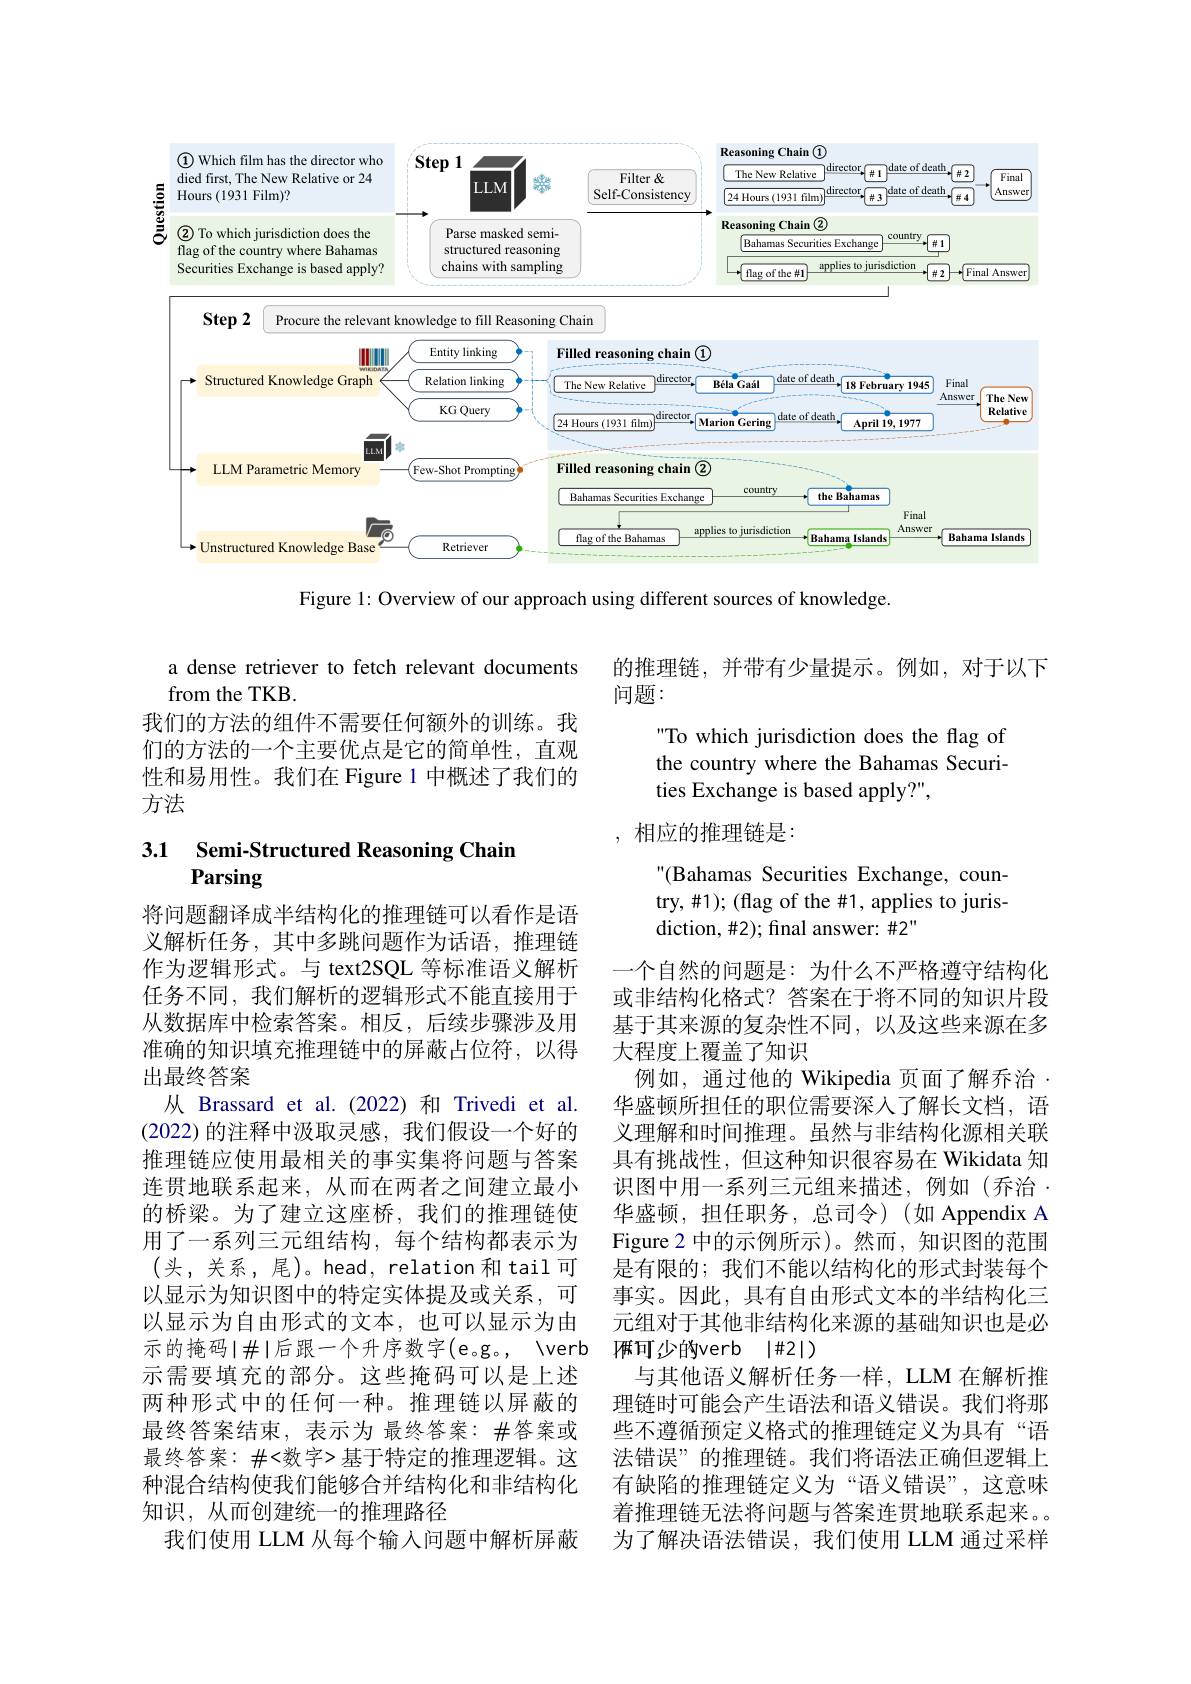
<FigureHere>

Figure 1: Overview of our approach using different sources of knowledge.

的推理链，并带有少量提示。例如，对于以下
问题：

a dense retriever to fetch relevant documents
from the TKB
我们的方法的组件不需要任何额外的训练。我们的方法的一个主要优点是它的简单性，直观性和易用性。我们在 Figure 1 中概述了我们的方法

To which jurisdiction does the flag of the country where the Bahamas Securities Exchange is based apply?",
, 相应的推理链是：
"(Bahamas Securities Exchange, country, #1); (flag of the #1, applies to jurisdiction, #2); final answer: #2"

### 3.1 Semi-Structured Reasoning Chain Parsing

将问题翻译成半结构化的推理链可以看作是语义解析任务，其中多跳问题作为话语，推理链作为逻辑形式。与 text2SQL 等标准语义解析任务不同，我们解析的逻辑形式不能直接用于从数据库中检索答案。相反，后续步骤涉及用准确的知识填充推理链中的屏蔽占位符，以得出最终答案
从 Brassard et al.(2022)和 Trivedi et al. (2022)的注释中汲取灵感，我们假设一个好的推理链应使用最相关的事实集将问题与答案连贯地联系起来，从而在两者之间建立最小的桥梁。为了建立这座桥，我们的推理链使用了一系列三元组结构，每个结构都表示为(头，关系，尾)。head, relation 和 tail 可以显示为知识图中的特定实体提及或关系，可以显示为自由形式的文本，也可以显示为由示需要填充的部分。这些掩码可以是上述两种形式中的任何一种。推理链以屏蔽的最终答案结束，表示为 最终答案：#答案或最终答案：#<数字>基于特定的推理逻辑。这种混合结构使我们能够合并结构化和非结构化知识，从而创建统一的推理路径
我们使用 LLM 从每个输入问题中解析屏蔽

一个自然的问题是：为什么不严格遵守结构化或非结构化格式？答案在于将不同的知识片段基于其来源的复杂性不同，以及这些来源在多大程度上覆盖了知识
例如，通过他的 Wikipedia 页面了解乔治. 华盛顿所担任的职位需要深入了解长文档，语义理解和时间推理。虽然与非结构化源相关联具有挑战性，但这种知识很容易在 Wikidata 知识图中用一系列三元组来描述，例如(乔治. 华盛顿，担任职务，总司令)(如 Appendix A Figure 2 中的示例所示)。然而，知识图的范围是有限的；我们不能以结构化的形式封装每个事实。因此，具有自由形式文本的半结构化三元组对于其他非结构化来源的基础知识也是必$\textbf{俩 可 少 的 verb}$ $| \# 2| )$
与其他语义解析任务一样，LLM 在解析推理链时可能会产生语法和语义错误。我们将那些不遵循预定义格式的推理链定义为具有“语法错误”的推理链。我们将语法正确但逻辑上有缺陷的推理链定义为“语义错误”,这意味着推理链无法将问题与答案连贯地联系起来。为了解决语法错误，我们使用 LLM 通过采样